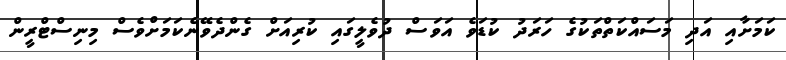
ކަމަށާއި އަދި މަސައްކަތްތަކުގެ ހަރަދު ކުޑަވެ އަވަސް ދުވެލީގައި ކުރިއަށް ގެންދެވޭނެކަމަށްވެސް މިނިސްޓްރީން